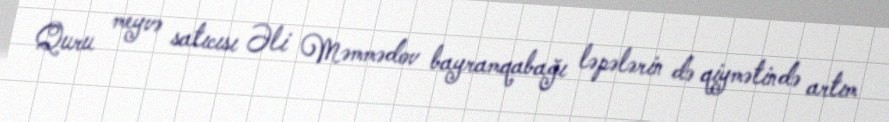
Quru meyvə satıcısı Əli Məmmədov bayramqabağı ləpələrin də qiymətində artım